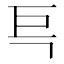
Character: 巪